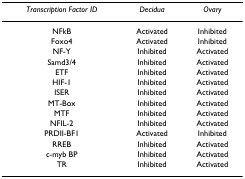
<table><thead><tr><td><b><i>Transcription Factor ID</i></b></td><td><b><i>Decidua</i></b></td><td><b><i>Ovary</i></b></td></tr></thead><tbody><tr><td>NFkB</td><td>Activated</td><td>Inhibited</td></tr><tr><td>Foxo4</td><td>Activated</td><td>Inhibited</td></tr><tr><td>NF-Y</td><td>Inhibited</td><td>Activated</td></tr><tr><td>Samd3/4</td><td>Inhibited</td><td>Activated</td></tr><tr><td>ETF</td><td>Inhibited</td><td>Activated</td></tr><tr><td>HIF-1</td><td>Inhibited</td><td>Activated</td></tr><tr><td>ISER</td><td>Inhibited</td><td>Activated</td></tr><tr><td>MT-Box</td><td>Inhibited</td><td>Activated</td></tr><tr><td>MTF</td><td>Inhibited</td><td>Activated</td></tr><tr><td>NFIL-2</td><td>Inhibited</td><td>Activated</td></tr><tr><td>PRDII-BF1</td><td>Activated</td><td>Inhibited</td></tr><tr><td>RREB</td><td>Inhibited</td><td>Activated</td></tr><tr><td>c-myb BP</td><td>Inhibited</td><td>Activated</td></tr><tr><td>TR</td><td>Inhibited</td><td>Activated</td></tr></tbody></table>